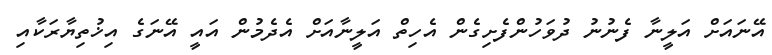
އޭނައަށް އަލީނާ ފެނުނު ދުވަހުންފެށިގެން އެހިތް އަލީނާއަށް އެދެމުން އައީ އޭނަގެ އިޚުތިޔާރަކާއި